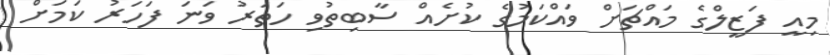
މިއީ ފަޒީލްގެ މައްޗަށް ވައްކަމުގެ ކުށެއް ސާބިތުވި ހަތަރު ވަނަ ފަހަރު ކަމަށް